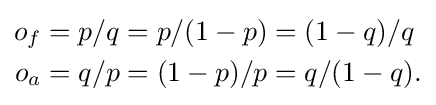
{\begin{aligned}o_{f}&=p/q=p/(1-p)=(1-q)/q\\o_{a}&=q/p=(1-p)/p=q/(1-q).\end{aligned}}